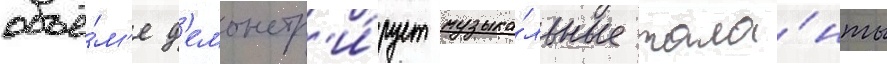
объё́м'е д'емонстр'и́рует музыка́льные тала́нты